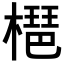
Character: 𣚒